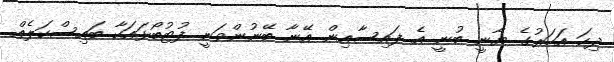
ދިހަ އަހަރުގެ ޔާނީ ބުނީ އެ ފައިސާއިން އޭނާ ބޭނުންވަނީ ފުޓުބޯޅައަކާ ބައިސްކަލެއް